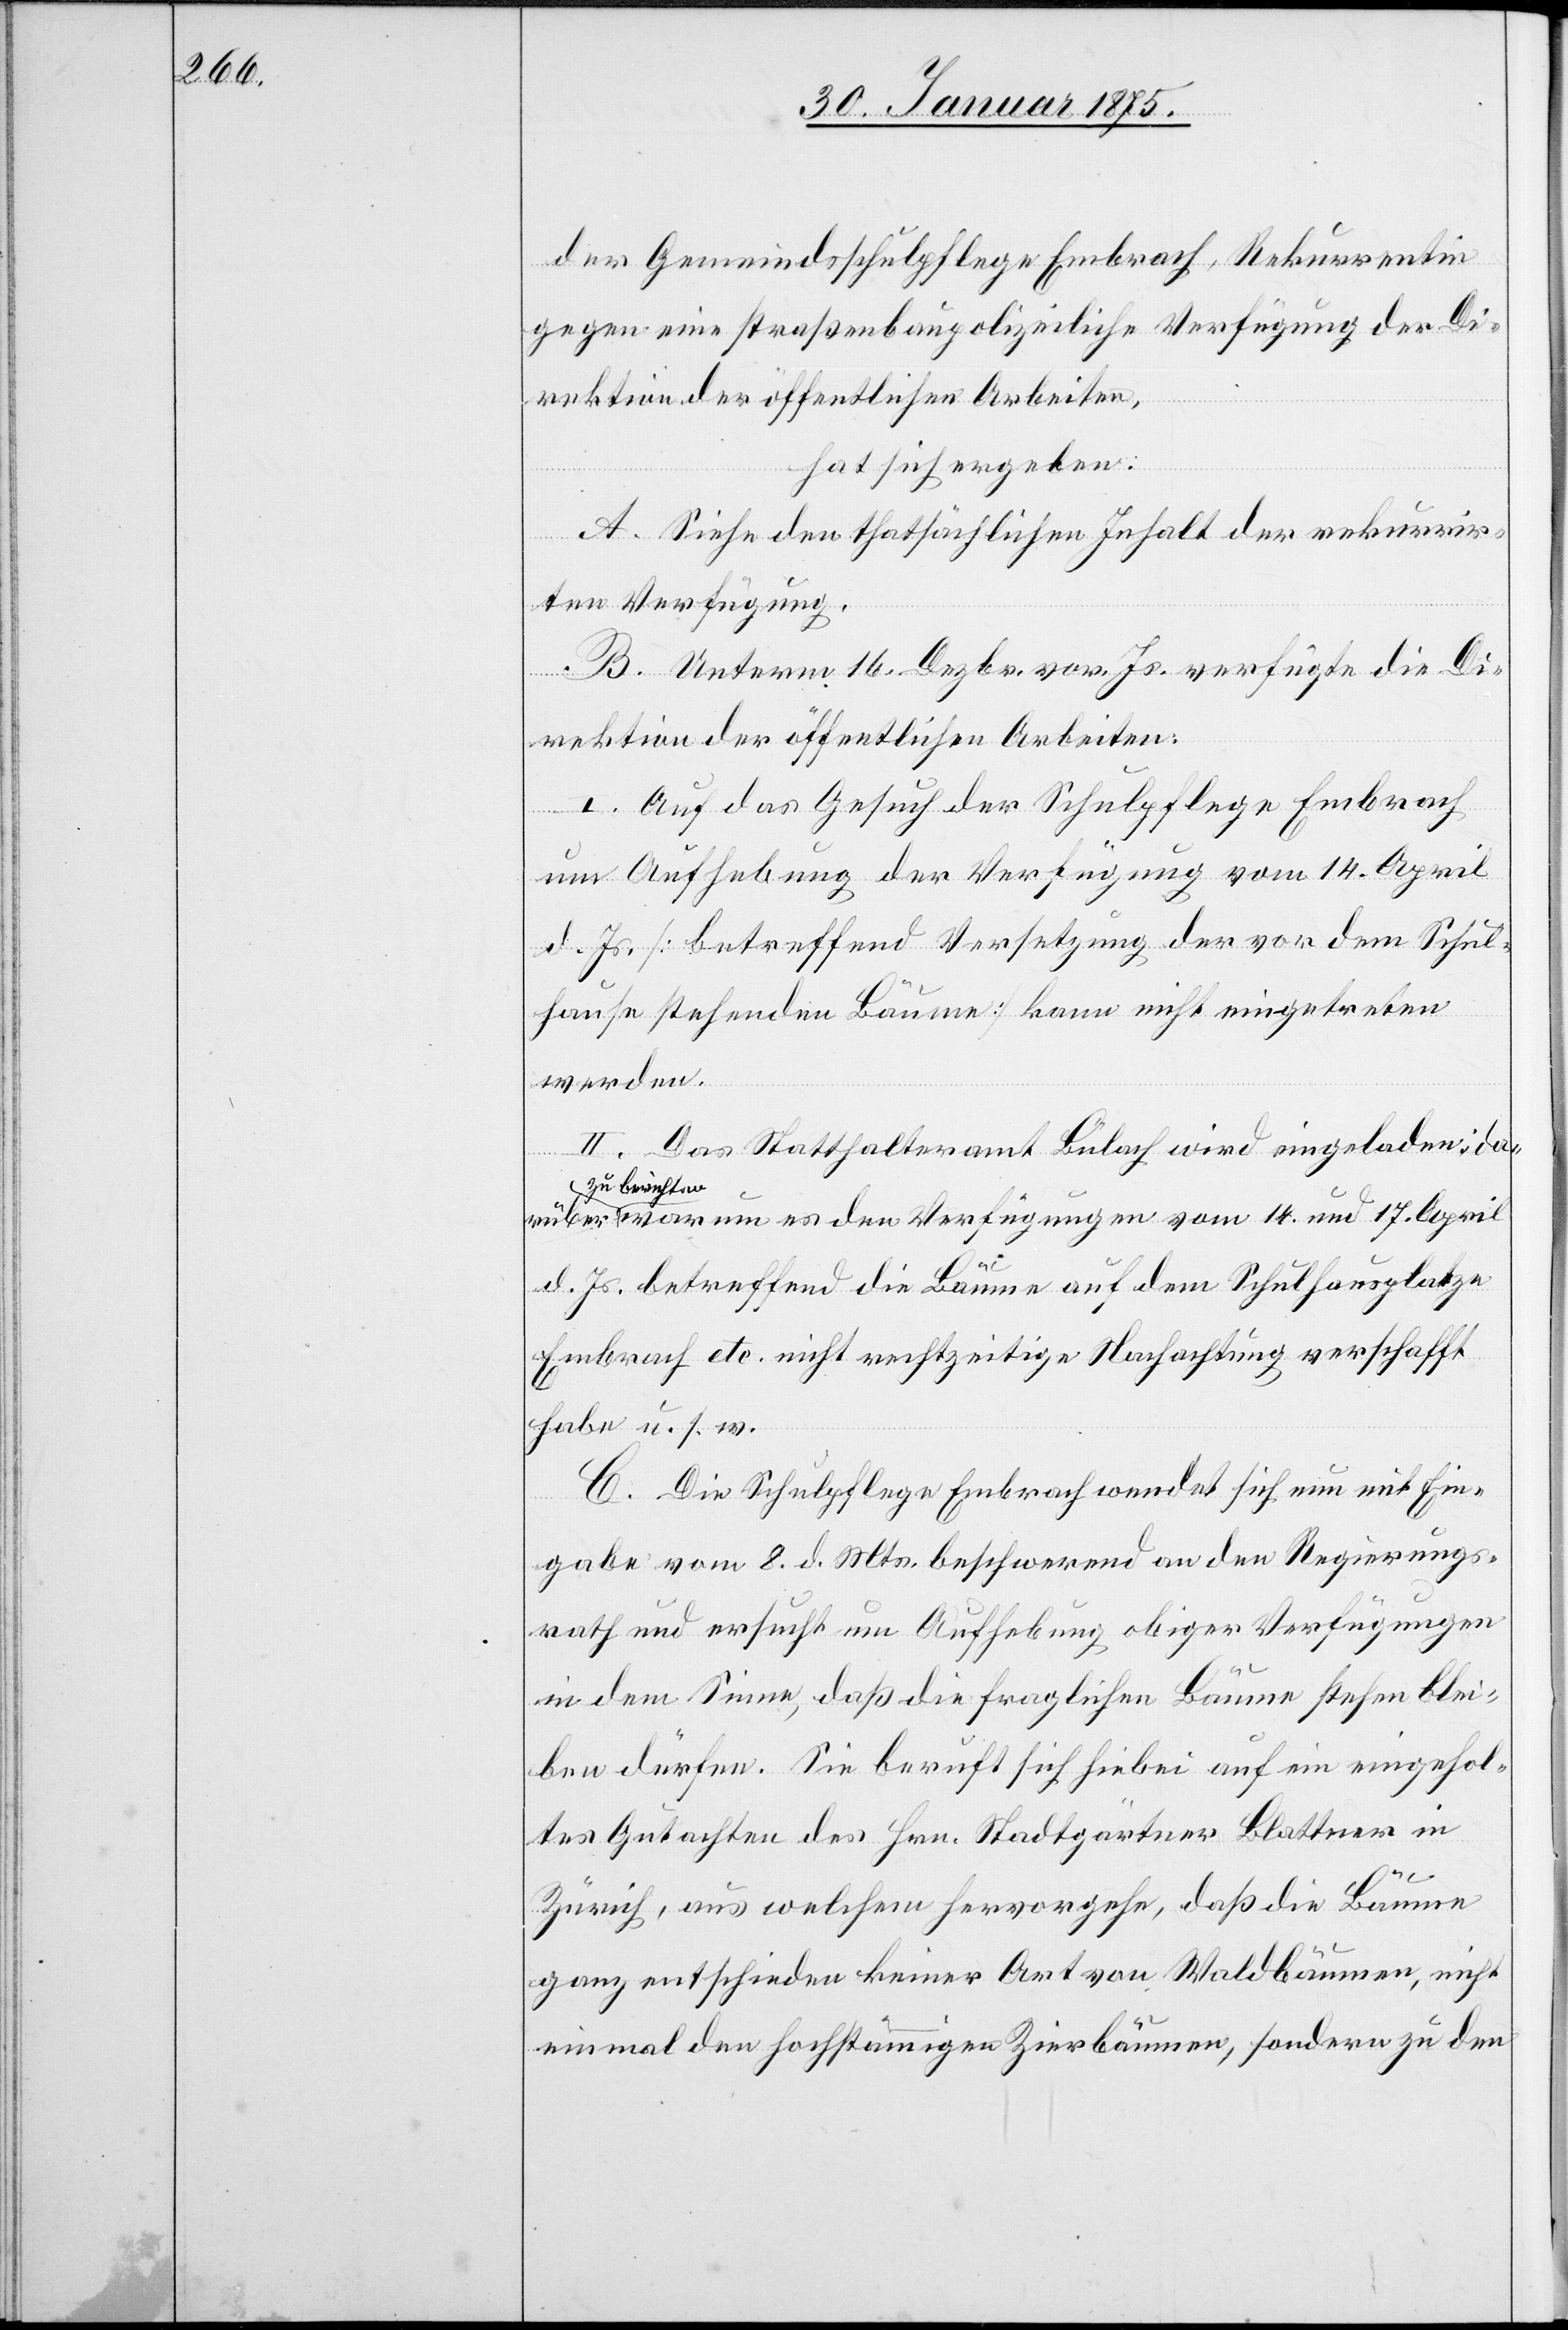
der Gemeindsschulpflege Embrach, Rekurrentin
gegen eine straßenbaupolizeiliche Verfügung der Di¬
rektion der öffentlichen Arbeiten,
hat sich ergeben:
A. Siehe den thatsächlichen Inhalt der rekurrir¬
ten Verfügung.
B. Unterm 16. Dezbr. vor. Js. verfügte die Di¬
rektion der öffentlichen Arbeiten:
I. Auf das Gesuch der Schulpflege Embrach
um Aufhebung der Verfügung vom 14. April
d. Js. [betreffend Versetzung der vor dem Schul¬
hause stehenden Bäume] kann nicht eingetreten
werden.
II. Das Statthalteramt Bülach wird eingeladen, da¬
rüber
a-zu berichte¬
n-a, warum es den Verfügungen vom 14. und 17. April
d. Js. betreffend die Bäume auf dem Schulhausplatze
Embrach etc. nicht rechtzeitige Nachachtung verschafft
habe u. s. w.
C. Die Schulpflege Embrach wendet sich nun mit Ein¬
gabe vom 8. d. Mts. beschwerend an den Regierungs¬
rath und ersucht um Aufhebung obiger Verfügungen
in dem Sinne, daß die fraglichen Bäume stehen blei¬
ben dürfen. Sie beruft sich hiebei auf ein eingehol¬
tes Gutachten des Hrn. Stadtgärtner Blattner in
Zürich, aus welchem hervorgehe, daß die Bäume
ganz entschieden keiner Art von Waldbäumen, nicht
einmal den hochstämmigen Zierbäumen, sondern zu den